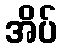
အိပ်